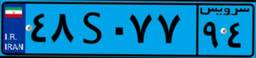
۴۸S۰۷۷۹۴